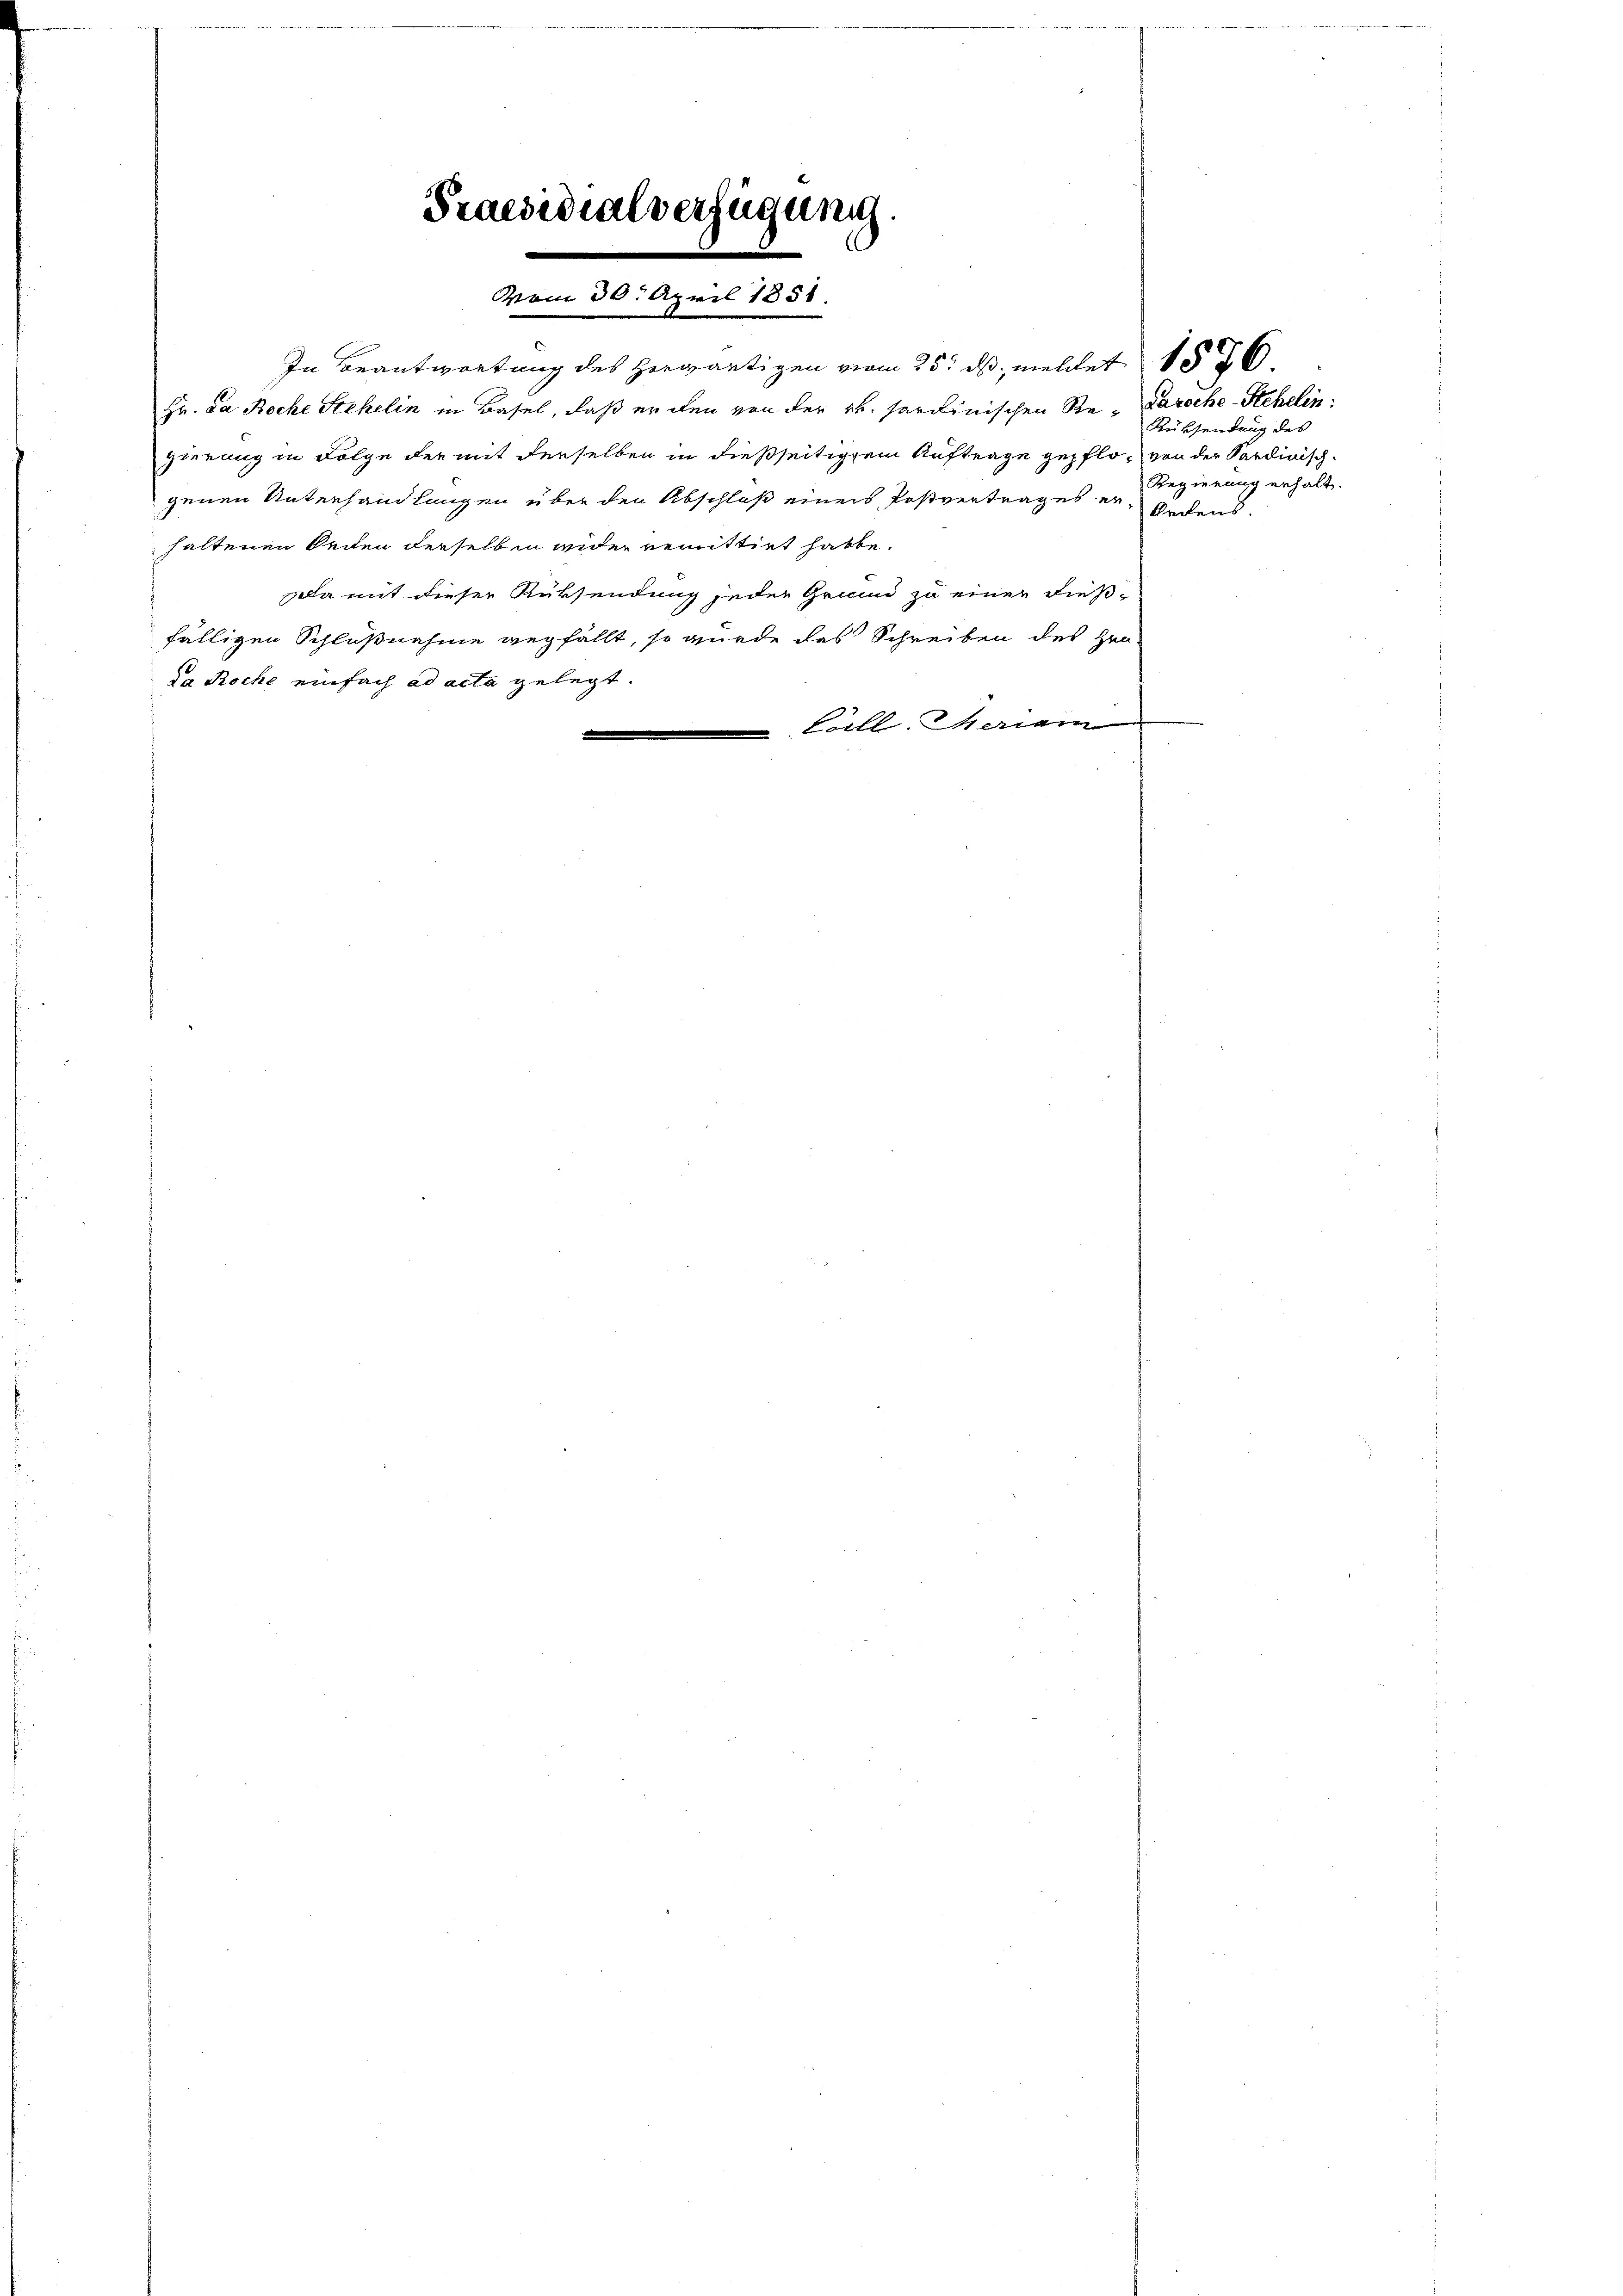
Praesidialverfügung.

vom 30. April 1851.

In Beantwortung des herwärtigen vom 25. ds, meldet 1836.
Hr. Da Roche Stehelin in Basel, daß er den von der v. Sardinischen Re-Daroche-Schelin
gierung in Folge der mit derselben in dießseitigem Auftrage gepflo- von der Sardinischgenen Unterhandlungen über den Abschluß eines Postvertrages er bedens
haltenen Seiten derselben ander remittirt hatte.
a mit dieser Rüksendung jeder Grund zu einer dieß-
fälligen Schlußnahme gegfällt, so wurde das Schreiben des Hrn.
da Roche einfach ad acta gelegt.
Coill. Meriam

Rücksendung des
Regierung erhalt.